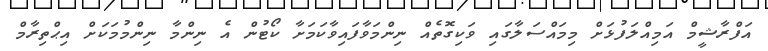
އަފްރާޝީމް އަމިއްލަފުޅަށް މިމައްސަލާގައި ވަކިގޮތެއް ނިންމަވާފައިވާކަމަށާ ކޯޓުން އެ ނިންމާ ނިންމުމަކަށް އިޙްތިރާމް